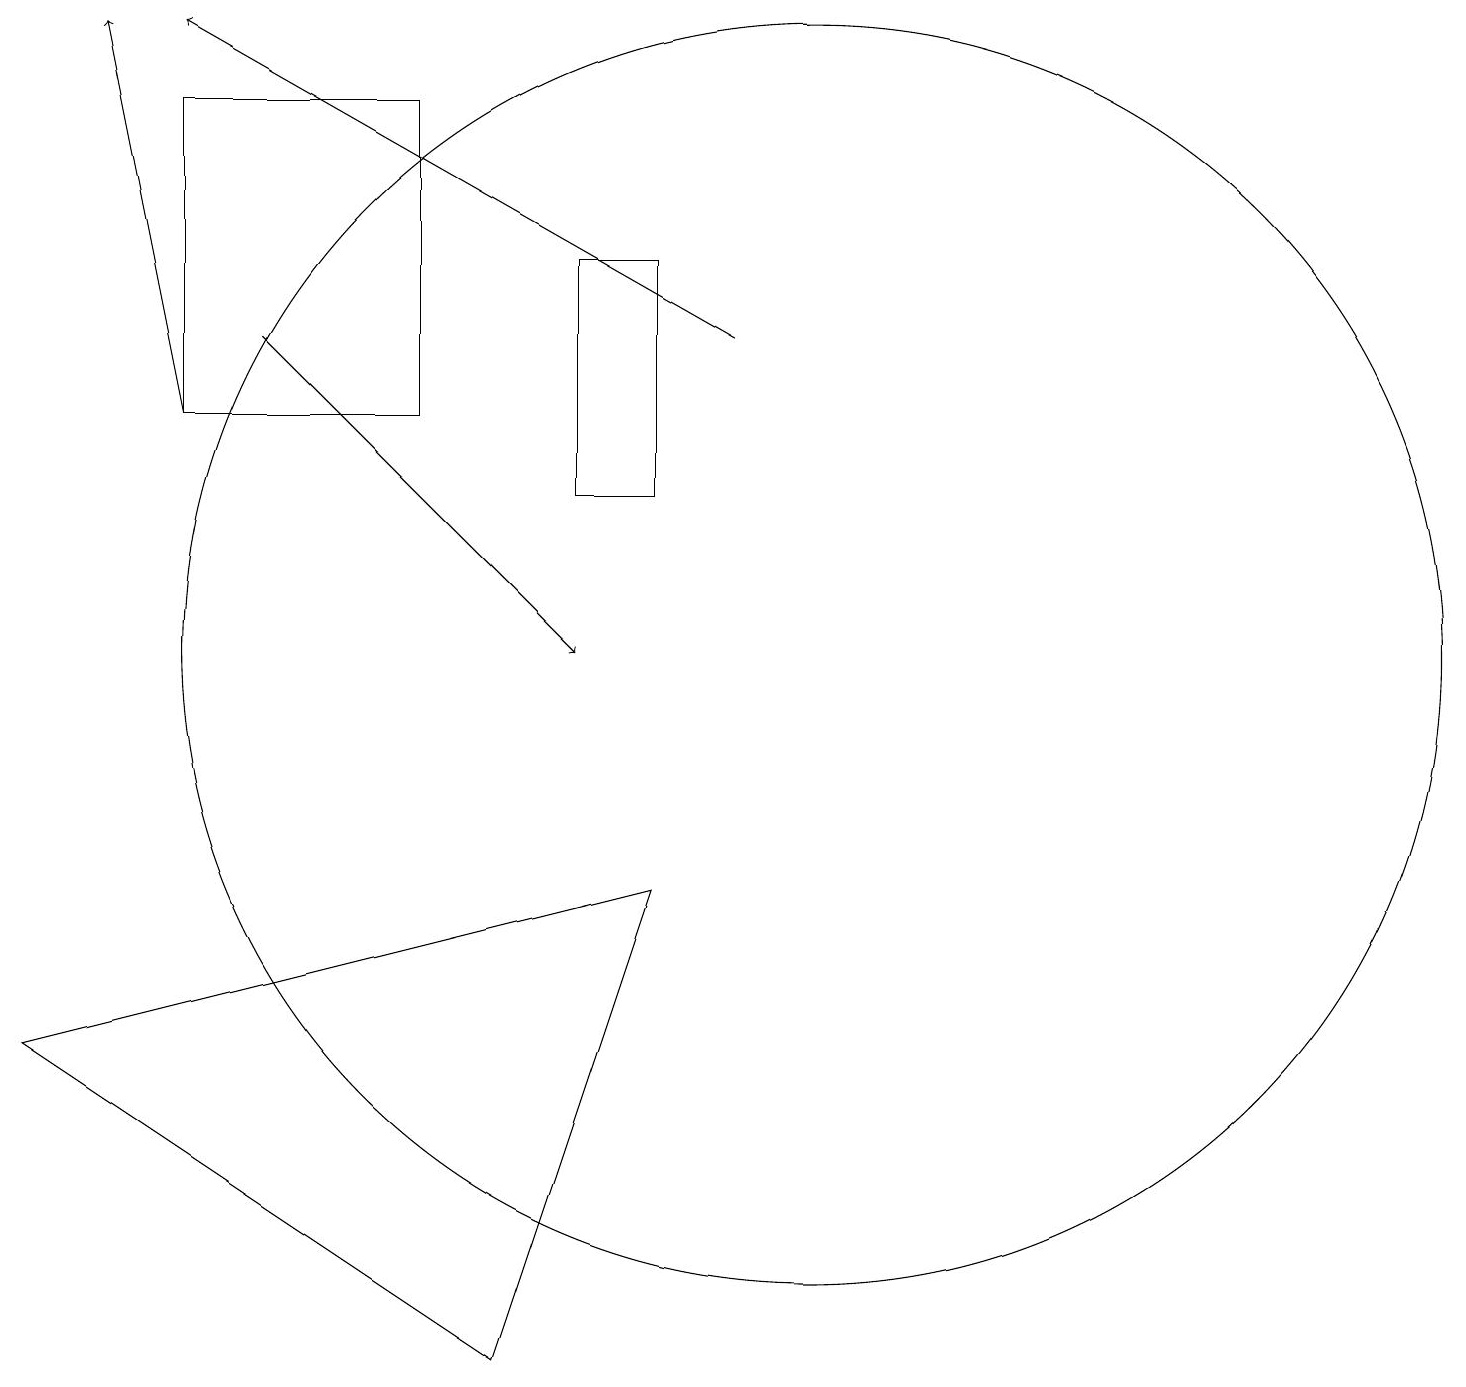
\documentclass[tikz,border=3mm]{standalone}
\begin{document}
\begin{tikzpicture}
\draw[->] (2,14) -- (1,19);
\draw[->] (3,15) -- (7,11);
\draw (10,11) circle (8);
\draw (5,18) rectangle (2,14);
\draw[->] (9,15) -- (2,19);
\draw (8,16) rectangle (7,13);
\draw (0,6) -- (8,8) -- (6,2) -- cycle;
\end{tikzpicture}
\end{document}